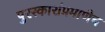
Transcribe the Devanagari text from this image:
पुरस्कारांप्रमाणेच